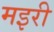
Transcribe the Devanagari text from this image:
मइरी